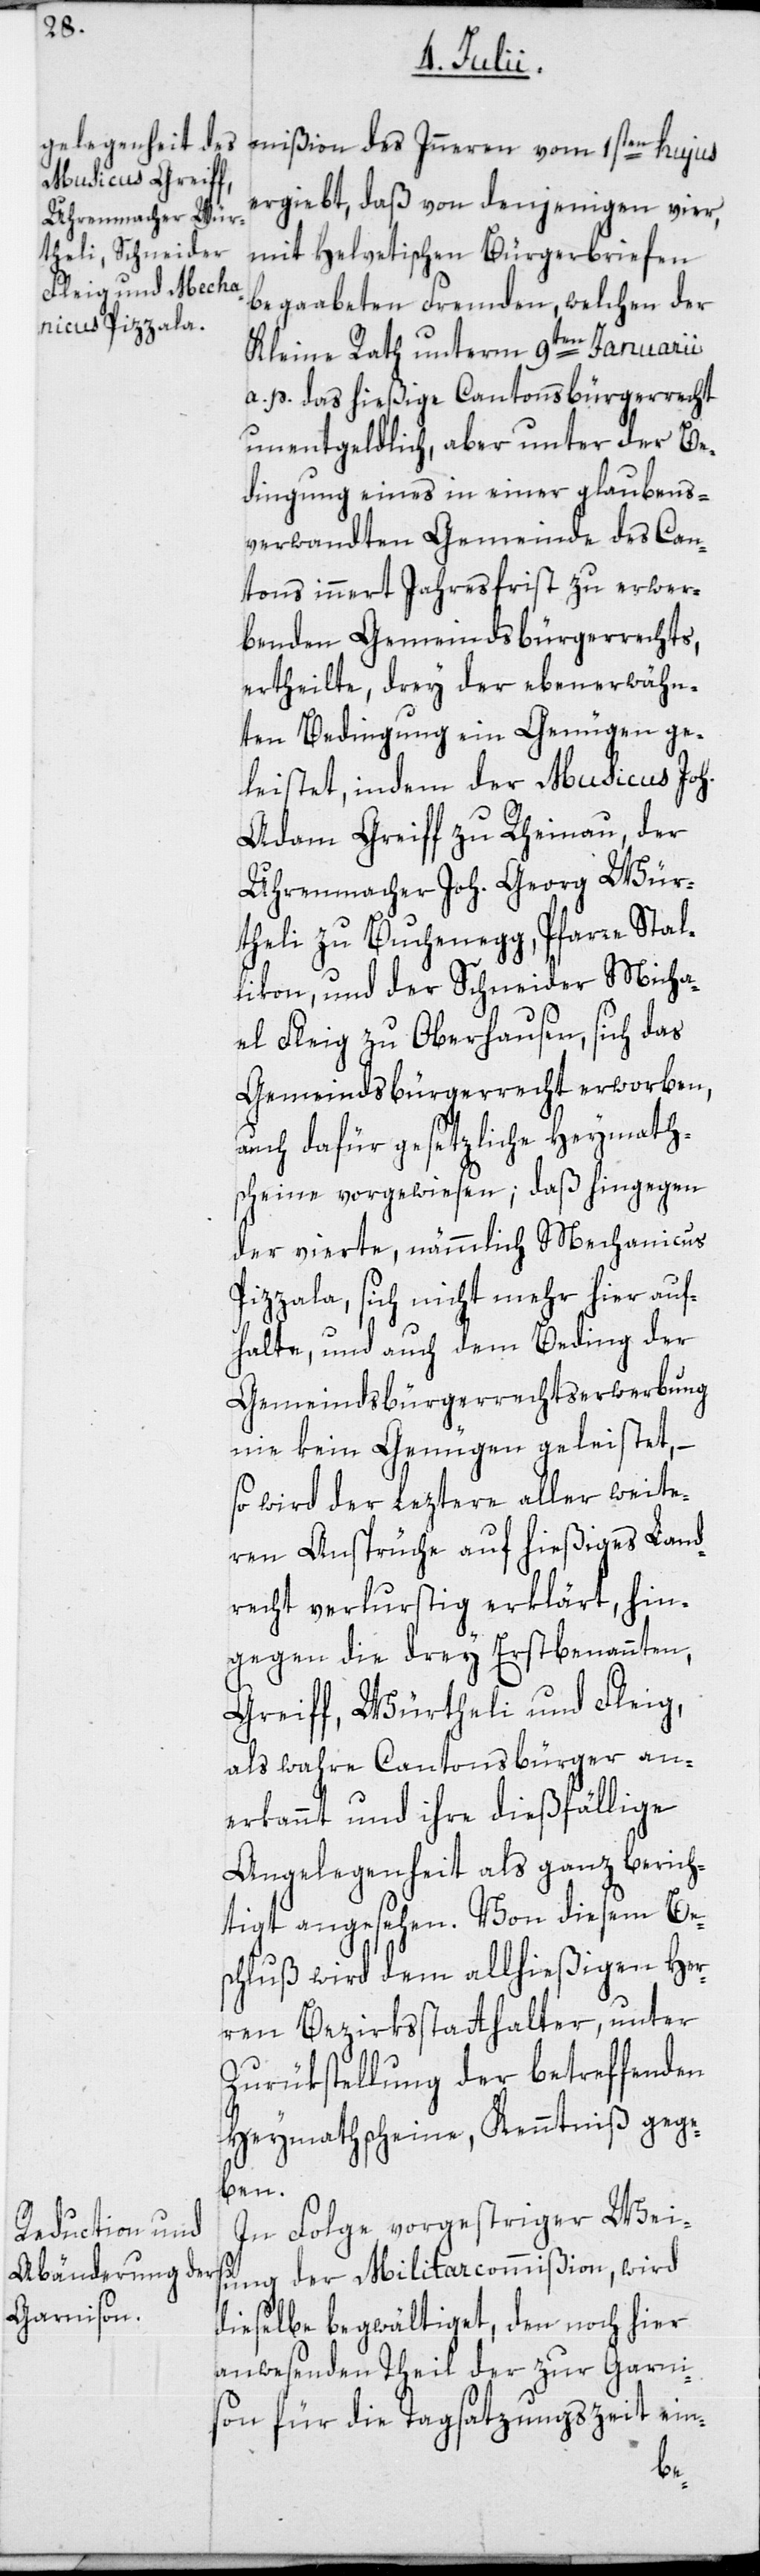
igt

mißion des Inneren vom 1sten hujus
ergiebt, daß von denjenigen vier,
mit Helvetischen Bürgerbriefen
begaabeten Fremden, welchen der
Kleine Rath unterm 9ten Januarii
a. p. das hießige Cantonsbürgerrecht
unentgeldlich, aber unter der Be¬
dingung eines in einer glaubens¬
verwandten Gemeinde des Can¬
tons innert Jahresfrist zu erwer¬
benden Gemeindsbürgerrechts,
ertheilte, drey der ebenerwähn¬
ten Bedingung ein Genügen ge¬
leistet, indem der Musicus Joh.
Adam Greiff zu Rheinau; der
Uhrenmacher Joh. Georg Wür¬
theli zu Buchenegg, Pfarre Stal¬
likon; und der Schneider Micha¬
el Fleig zu Oberhausen, sich das
Gemeindsbürgerrecht erworben,
auch dafür gesetzliche Heymath¬
scheine vorgewiesen; daß hingegen
der vierte, nämmlich Mechanicus
Pizzala, sich nicht mehr hier auf¬
halte, und auch dem Beding der
Gemeindsbürgerrechtserwerbung
nie kein Genügen geleistet, –
so wird der leztere aller weite¬
ren Ansprüche auf hießiges Land¬
recht verlurstig erklärt, hin¬
gegen die drey Erstbenannten,
Greiff, Würtheli und Fleig,
als wahre Cantonsbürger an¬
erkannt und ihre dießfällige
Angelegenheit als ganz bericht¬
schluß wird dem allhießigen Her¬
ren Bezirksstatthalter, unter
Zurükstellung der betreffenden
Heymathscheine, Kenntniß gege¬
ben.
In Folge vorgestriger Weis¬
ung der Militarcommißion, wird
dieselbe begwältiget, den noch hier
anwesenden Theil der zur Garni¬
son für die Tagsatzungszeit ein-